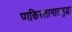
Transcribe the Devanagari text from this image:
पाकिस्तानातसुद्धा